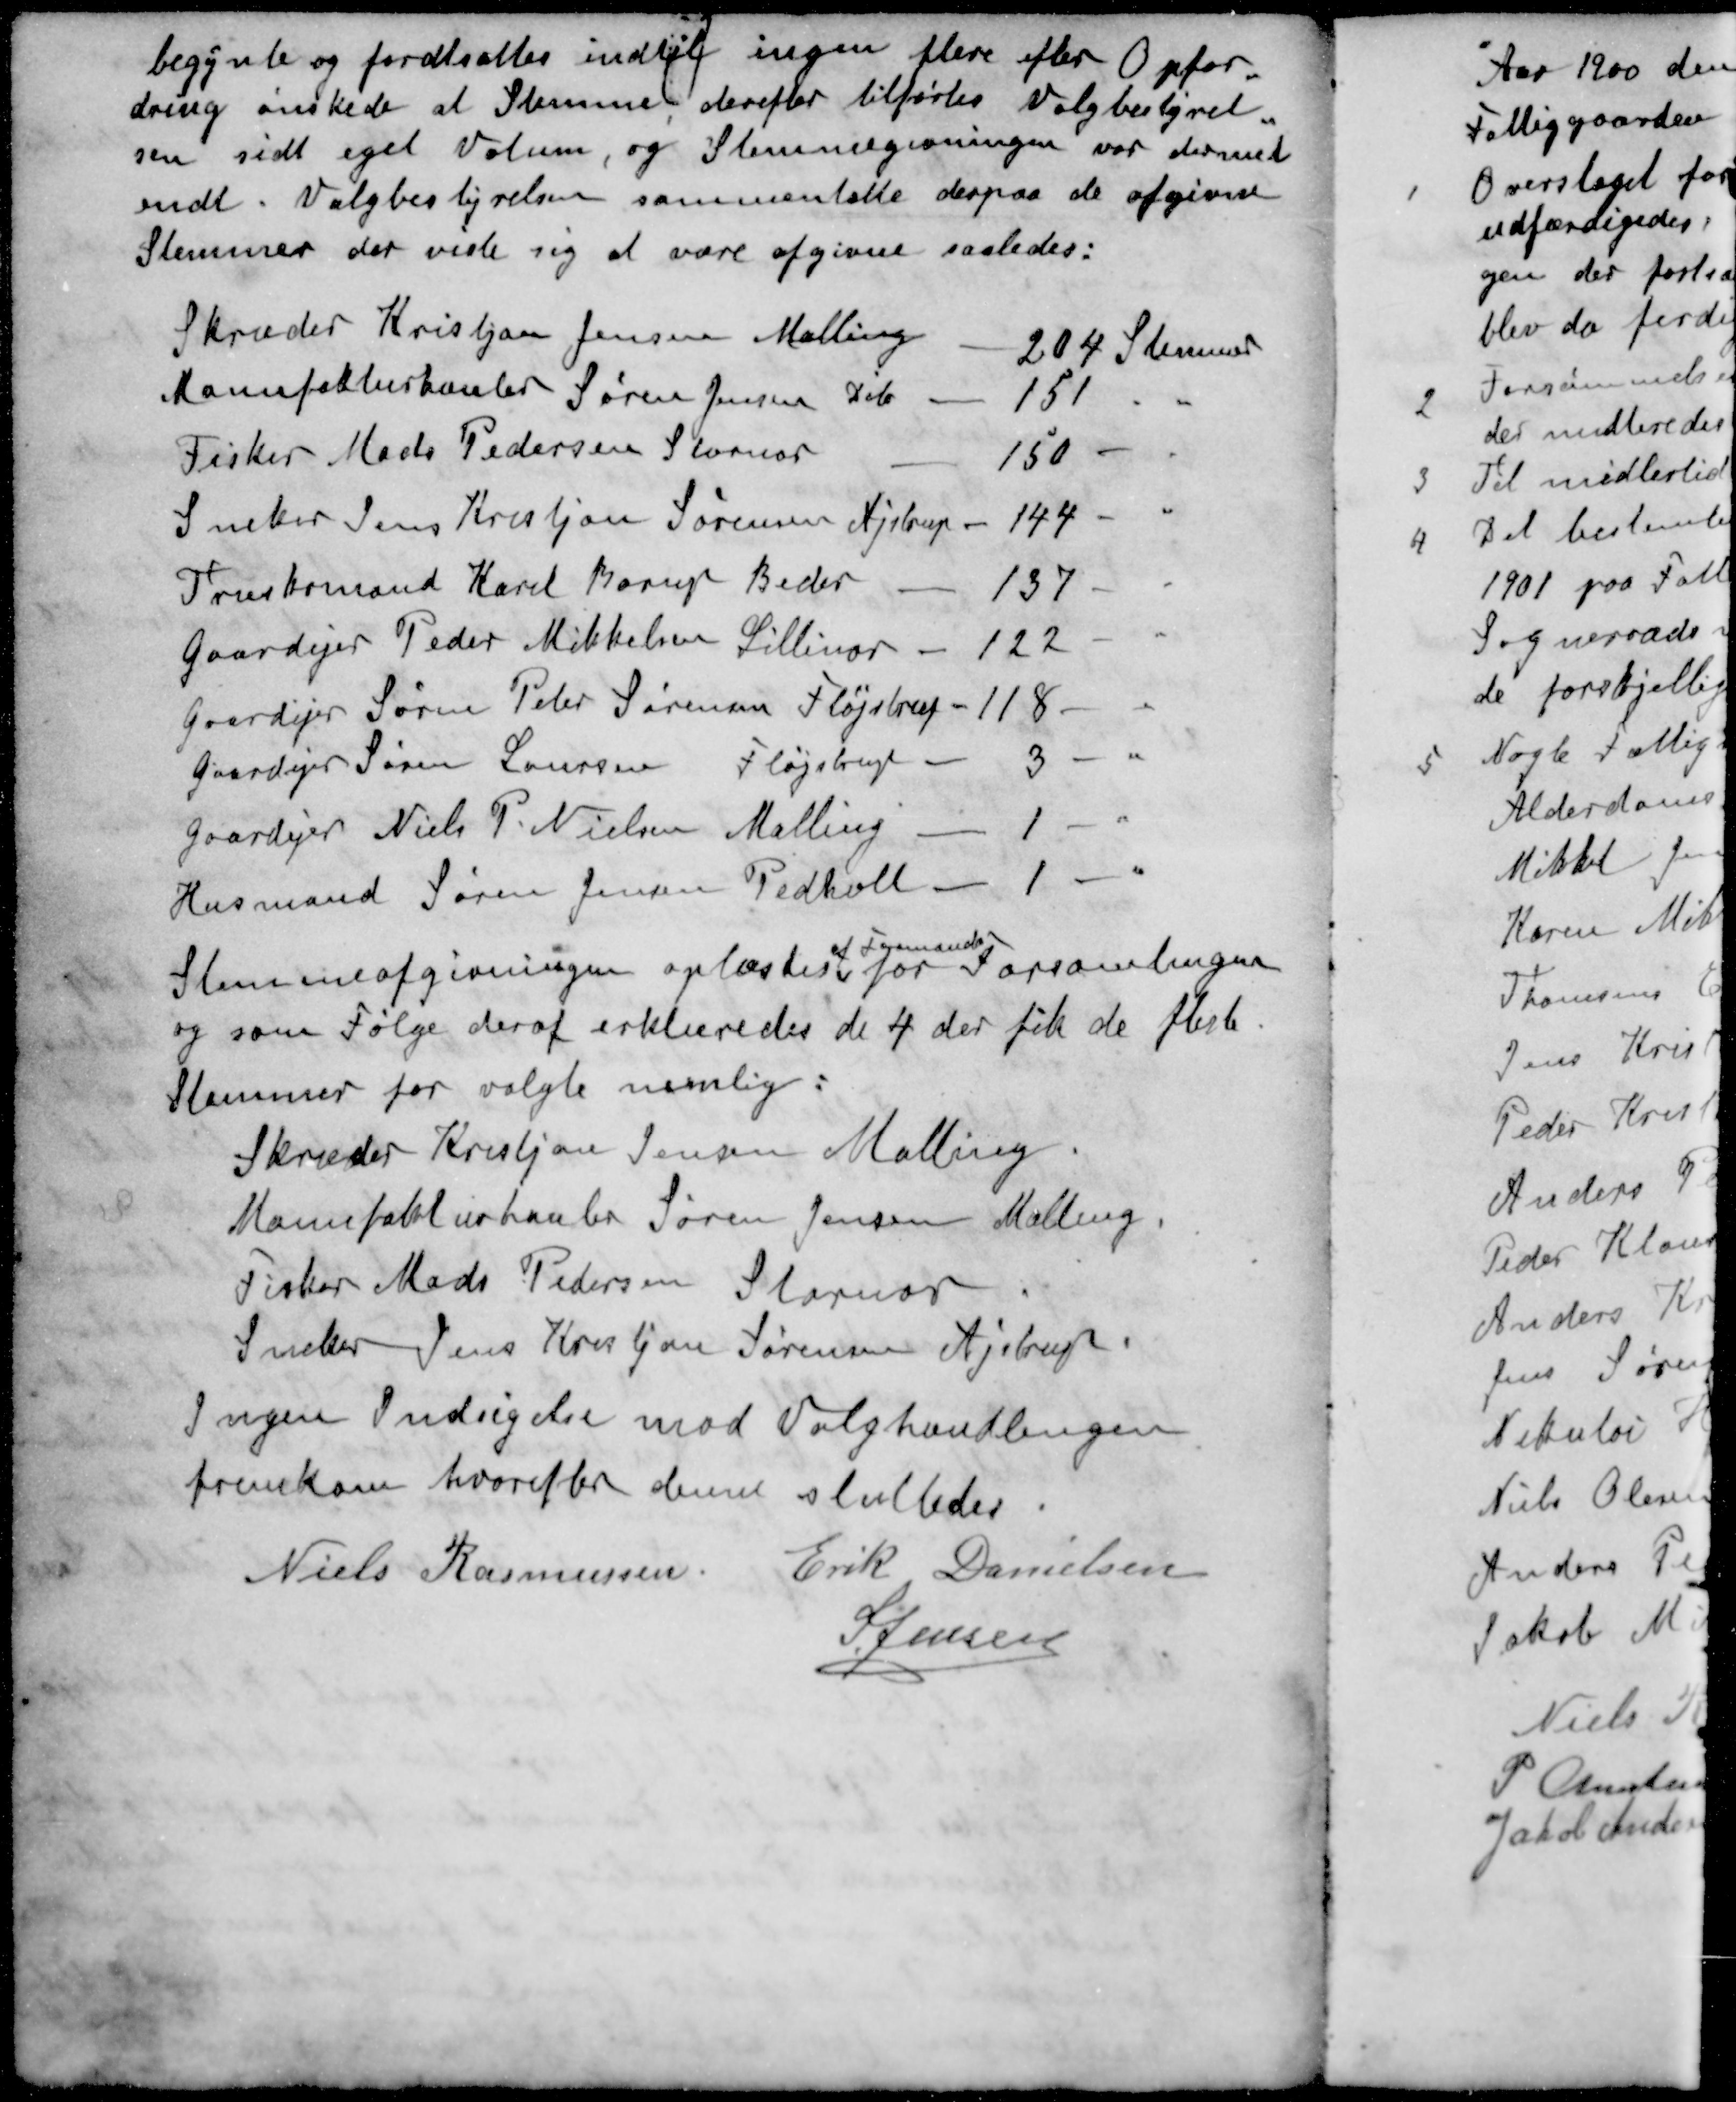
Transskription:
begynde og fordtsattes indtil ingen flere efter Opfor-
dring ønskede at Stemme derefter tilførtes Valgbestyrel-
sen sidt eget Votum, og Stemmegivningen var dermed
endt. Valgbestyrelsen sammentalte derpaa de afgivne
Stemmer der viste sig at være afgivne saaledes:
Skræder Kristjan Jensen Malling 204 Stemmer
Manufakturhanler Søren Jensen Dito 151 "
Fisker Mads Pedersen Stornor 150 - "
Sneker Jens Kristjan Sørensen Ajstrup - 144 - "
Træskomand Karl Borup Beder 137 - "
Gaardejer Peder Mikkelsen Lillenor - 122 - "
Gaardejer Søren Peter Sørensen Fløjstrup - 118 - "
Gaardejer Søren Laursen Fløjstrup - 3 - "
Gaardejer Niels P. Nielsen Malling - 1 - "
Husmand Søren Jensen Pedholt - 1 - "
af Formanden
Stemmeafgivningen oplæstes for Forsamlingen
og som Følge deraf erklæredes de 4 der fik de fleste.
Stemmer for valgte nemlig:
Skræder Kristjan Jensen Malling.
Manufakturhanler Søren Jensen Malling.
Fisker Mads Pedersen Storenor
Sneker Jens Kristjan Sørensen Ajstrup.
Ingen Indsigelse mod Valghandlingen
fremkom hvorefter denne sluttedes
Niels Rasmussen
Erik Danielsen
S Jensen